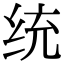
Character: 统